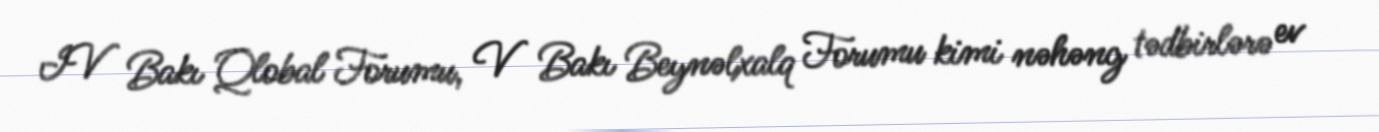
IV Bakı Qlobal Forumu, V Bakı Beynəlxalq Forumu kimi nəhəng tədbirlərə ev